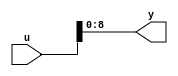
module controllerHdl_MATLAB_Function_block1
          (
           u,
           y
          );


  input   [17:0] u;  // ufix18
  output  [8:0] y;  // ufix9




  //MATLAB Function 'Open_Loop_Control/Sin_Cos/Mark_Extract_Bits1/MATLAB Function': '<S38>:1'
  // Non-tunable mask parameter
  //'<S38>:1:8'
  //'<S38>:1:10'
  assign y = u[8:0];
  //'<S38>:1:14'



endmodule